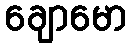
ချောမော